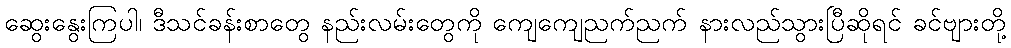
ဆွေးနွေးကြပါ၊ ဒီသင်ခန်းစာတွေ နည်းလမ်းတွေကို ကျေကျေညက်ညက် နားလည်သွားပြီဆိုရင် ခင်ဗျားတို့